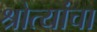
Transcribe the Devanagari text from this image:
श्रोत्यांचा